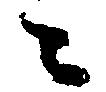
々